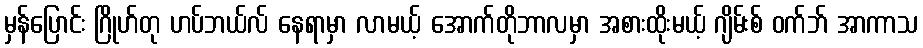
မှန်ပြောင်း ဂြိုဟ်တု ဟပ်ဘယ်လ် နေရာမှာ လာမယ့် အောက်တိုဘာလမှာ အစားထိုးမယ့် ဂျိမ်းစ် ဝက်ဘ် အာကာသ